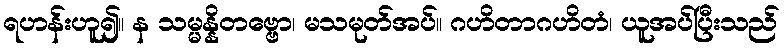
ရဟန်းဟူ၍။ န သမ္မန္နိတဗ္ဗော၊ မသမုတ်အပ်။ ဂဟိတာဂဟိတံ၊ ယူအပ်ပြီးသည်